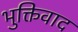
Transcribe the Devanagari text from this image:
भुक्तिवाद